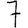
Digit: 7